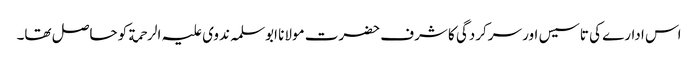
اس ادارے کی تاسیس اور سرکردگی کا شرف حضرت مولانا ابوسلمہ ندوی علیہ الرحمة کو حاصل تھا۔